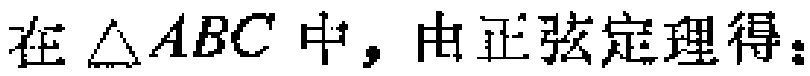
在\(\triangle ABC\)中，由正弦定理得：